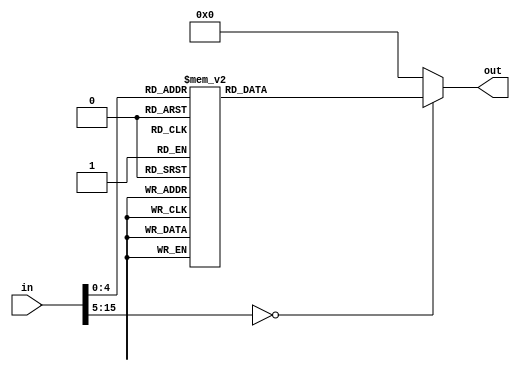
/*
   This file was generated automatically by Alchitry Labs version 1.2.1.
   Do not edit this file directly. Instead edit the original Lucid source.
   This is a temporary file and any changes made to it will be destroyed.
*/

module rand_digit_19 (
    input [15:0] in,
    output reg [6:0] out
  );
  
  
  
  always @* begin
    out = 1'h0;
    
    case (in)
      1'h0: begin
        out = 14'h1fbf;
      end
      1'h1: begin
        out = 14'h1f86;
      end
      2'h2: begin
        out = 14'h1fdb;
      end
      2'h3: begin
        out = 14'h1fcf;
      end
      3'h4: begin
        out = 14'h1fe6;
      end
      3'h5: begin
        out = 14'h1fed;
      end
      3'h6: begin
        out = 14'h1ffd;
      end
      3'h7: begin
        out = 14'h1f87;
      end
      4'h8: begin
        out = 14'h1fff;
      end
      4'h9: begin
        out = 14'h1fef;
      end
      $signed(2'h3): begin
        out = 14'h2006;
      end
      $signed(3'h6): begin
        out = 14'h205b;
      end
      $signed(3'h5): begin
        out = 14'h204f;
      end
      $signed(4'hc): begin
        out = 14'h2066;
      end
      $signed(4'hb): begin
        out = 14'h206d;
      end
      $signed(4'ha): begin
        out = 14'h207d;
      end
      $signed(4'h9): begin
        out = 14'h2007;
      end
      $signed(5'h18): begin
        out = 14'h207f;
      end
      $signed(5'h17): begin
        out = 14'h206f;
      end
      default: begin
        out = 14'h0000;
      end
    endcase
  end
endmodule